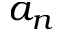
a _ { n }